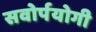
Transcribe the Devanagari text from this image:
सवोर्पयोगी